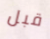
قبل